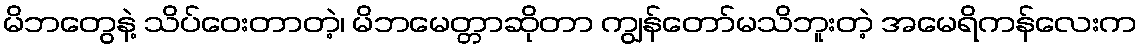
မိဘတွေနဲ့ သိပ်ဝေးတာတဲ့၊ မိဘမေတ္တာဆိုတာ ကျွန်တော်မသိဘူးတဲ့ အမေရိကန်လေးက